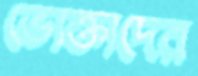
ভোক্তাদের